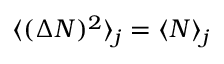
\langle ( \Delta N ) ^ { 2 } \rangle _ { j } = \langle N \rangle _ { j }